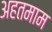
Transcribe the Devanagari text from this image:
अहतमाम